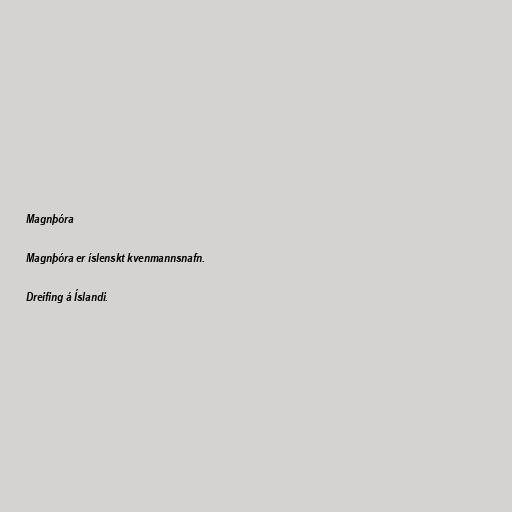
Magnþóra

Magnþóra er íslenskt kvenmannsnafn.

Dreifing á Íslandi.